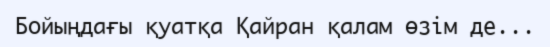
Бойыңдағы қуатқа Қайран қалам өзім де...